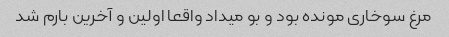
مرغ سوخاری مونده بود و بو میداد واقعا اولین و آخرین بارم شد